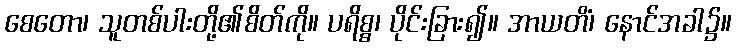
စေတော၊ သူတစ်ပါးတို့၏စိတ်ကို။ ပရိစ္စ၊ ပိုင်းခြား၍။ အာယတိံ၊ နောင်အခါ၌။